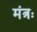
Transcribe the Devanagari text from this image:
मंत्रः